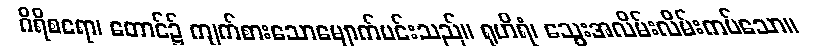
ဂိရိစရော၊ တောင်၌ ကျက်စားသောမျောက်မင်းသည်။ ရုဟိရံ၊ သွေးအလိမ်းလိမ်းကပ်သော။